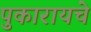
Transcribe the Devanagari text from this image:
पुकारायचे